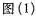
图(1)